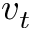
v _ { t }